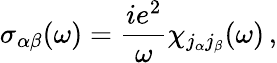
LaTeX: \sigma_{\alpha\beta}(\omega)=\frac{ie^{2}}{\omega}\chi_{j_{\alpha}j_{\beta}}(\omega)\, ,